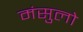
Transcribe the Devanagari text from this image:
मंसुलो